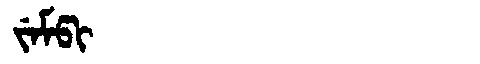
Manchu: ᠵᡝᠮᡦᡳ
Romanization: JEMPI